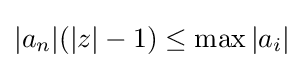
|a_{n}|(|z|-1)\leq \max |a_{i}|